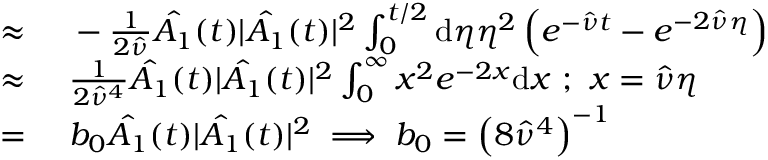
\begin{array} { r l } { \approx \ } & { { } - \frac { 1 } { 2 \hat { \nu } } \hat { A _ { 1 } } ( t ) | \hat { A _ { 1 } } ( t ) | ^ { 2 } \int _ { 0 } ^ { t / 2 } \mathrm { d } \eta \eta ^ { 2 } \left( e ^ { - \hat { \nu } t } - e ^ { - 2 \hat { \nu } \eta } \right) } \\ { \approx \ } & { { } \frac { 1 } { 2 \hat { \nu } ^ { 4 } } \hat { A _ { 1 } } ( t ) | \hat { A _ { 1 } } ( t ) | ^ { 2 } \int _ { 0 } ^ { \infty } x ^ { 2 } e ^ { - 2 x } \mathrm { d } x \ ; \ x = \hat { \nu } \eta } \\ { = \ } & { { } b _ { 0 } \hat { A _ { 1 } } ( t ) | \hat { A _ { 1 } } ( t ) | ^ { 2 } \implies b _ { 0 } = \left( 8 \hat { \nu } ^ { 4 } \right) ^ { - 1 } } \end{array}